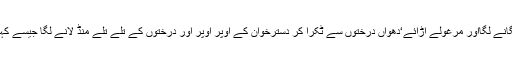
بھری محفل میں پاوں پھیلا کردھواں دار کش پر کش لگانے لگااور مرغولے اڑائے‘دھواں درختوں سے ٹکرا کر دسترخوان کے اوپر اوپر اور درختوں کے تلے تلے منڈ لانے لگا جیسے کُہر‘ آخرا یسوسی ایشن کے جنرل سیکریٹری جو ٹھہرے۔